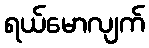
ရယ်မောလျက်